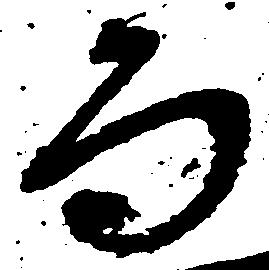
而